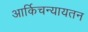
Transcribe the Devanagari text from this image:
आर्किचन्यायतन